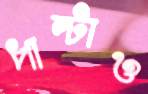
পাল্‌টাও